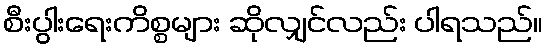
စီးပွါးရေးကိစ္စများ ဆိုလျှင်လည်း ပါရသည်။